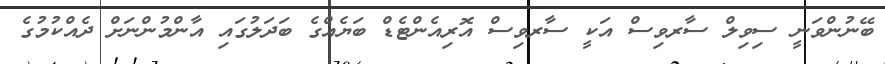
ބޭނުންވަނީ ސިވިލް ސާރވިސް އަކީ ސާރވިސް އޮރިއެންޓެޑް ބަޔެއްގެ ބަދަލުގައި އާންމުންނަށް ދެއްކުމުގެ